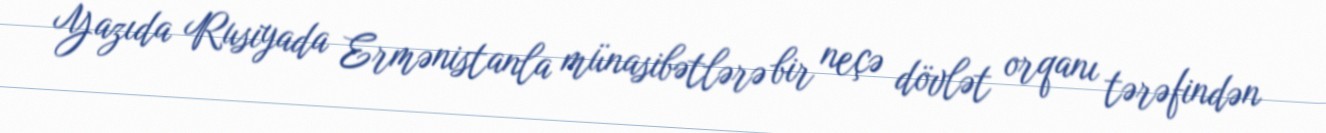
Yazıda Rusiyada Ermənistanla münasibətlərə bir neçə dövlət orqanı tərəfindən